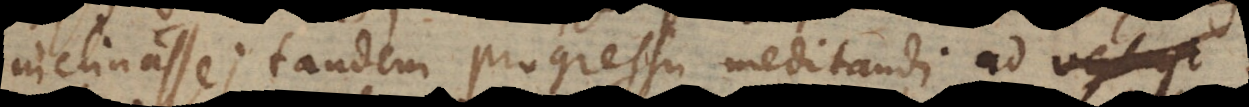
inclinasse; tandem progressu meditandi ad